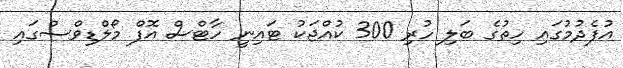
އުފެދުމުގައި ހިތުގެ ބަލި ހުރި 300 ކުއްޖަކު ޓައިނީ ހާޓްސް އޮފް މޯލްޑިވްސްގައި